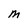
Character: M